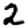
Digit: 2